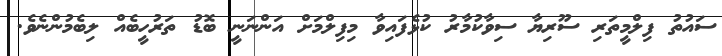
ސައުތު ފިލްމީތަރި ސޫރިޔާ ސިވާކުމާރު ކުޅެފައިވާ މިފިލްމަށް އަންނަނީ ބޮޑު ތަރުހީބެއް ލިބެމުންނެވެ.